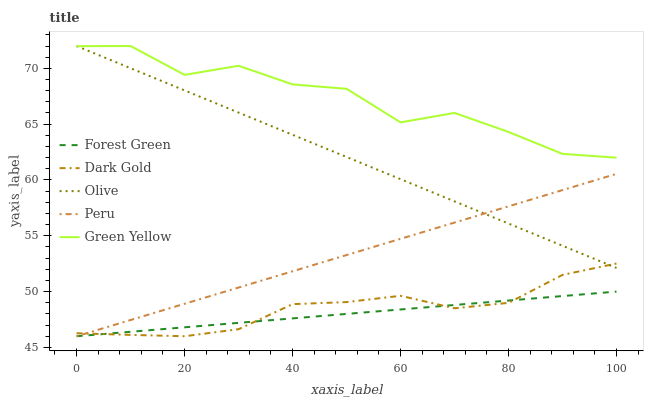
| xaxis_label | Forest Green | Dark Gold | Olive | Peru | Green Yellow |
 | --- | --- | --- | --- | --- | --- |
 | 0 | 46 | 46.3 | 72 | 46 | 72 |
 | 10 | 46.4 | 46.1 | 70 | 47.5 | 72 |
 | 20 | 46.8 | 46 | 68 | 48.9 | 69.4 |
 | 30 | 47.2 | 46.6 | 66 | 50.4 | 70.2 |
 | 40 | 47.6 | 48.9 | 64 | 51.8 | 68.6 |
 | 50 | 48 | 49.1 | 62.1 | 53.3 | 68.2 |
 | 60 | 48.4 | 49.6 | 60.1 | 54.7 | 65.2 |
 | 70 | 48.8 | 48.5 | 58.1 | 56.2 | 66 |
 | 80 | 49.2 | 49 | 56.1 | 57.6 | 64.3 |
 | 90 | 49.6 | 51.5 | 54.1 | 59.1 | 62.3 |
 | 100 | 50 | 52.5 | 52.1 | 60.5 | 62 |